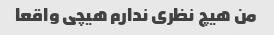
من هیچ نظری ندارم هیچی واقعا